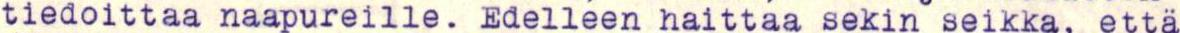
tiedoittaa naapureille. Edelleen haittaa sekin seikka, että